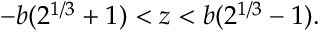
- b ( 2 ^ { 1 / 3 } + 1 ) < z < b ( 2 ^ { 1 / 3 } - 1 ) .